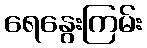
ရေနွေးကြမ်း